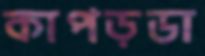
কাপড়ডা